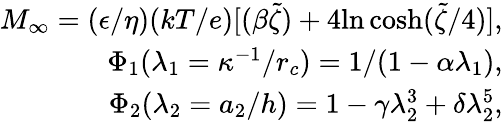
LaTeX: \begin{array}{r}{M_{\infty}=(\epsilon/\eta)(kT/e)[(\beta\widetilde{\zeta})+4\mathrm{ln\, cosh}(\widetilde{\zeta}/4)],}\\ {\Phi_{1}(\lambda_{1}=\kappa^{-1}/r_{c})=1/(1-\alpha\lambda_{1}),}\\ {\Phi_{2}(\lambda_{2}=a_{2}/h)=1-\gamma\lambda_{2}^{3}+\delta\lambda_{2}^{5},}\end{array}